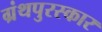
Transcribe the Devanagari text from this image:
ग्रंथपुरस्कार